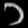
Digit: ၁